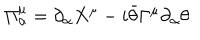
LaTeX: \Pi _ { \alpha } ^ { \mu } = \partial _ { \alpha } X ^ { \mu } - i \bar { \theta } \Gamma ^ { \mu } \partial _ { \alpha } \theta